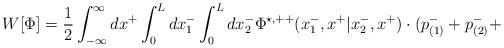
LaTeX: \begin{align*}W[{\Phi}]=\frac{1}{2} \int_{- \infty}^{\infty} dx^{+} \int_0^L dx_1^{-}\int_0^L dx_2^{-} {\Phi}^{\star,++}(x_1^{-},x^{+}|x_2^{-},x^{+})\cdot (p_{(1)}^{-} + p_{(2)}^{-} +\end{align*}